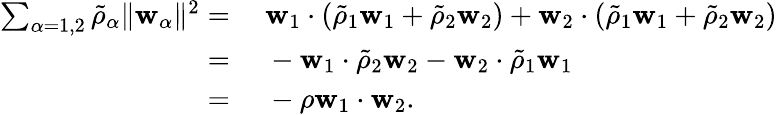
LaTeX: \begin{array}{rl}{\sum_{\alpha=1,2}\tilde{\rho}_{\alpha}\| \mathbf{w}_{\alpha}\| ^{2}=}&{{}~\mathbf{w}_{1}\cdot\left(\tilde{\rho}_{1}\mathbf{w}_{1}+\tilde{\rho}_{2}\mathbf{w}_{2}\right)+\mathbf{w}_{2}\cdot\left(\tilde{\rho}_{1}\mathbf{w}_{1}+\tilde{\rho}_{2}\mathbf{w}_{2}\right)}\\ {=}&{{}~-\mathbf{w}_{1}\cdot\tilde{\rho}_{2}\mathbf{w}_{2}-\mathbf{w}_{2}\cdot\tilde{\rho}_{1}\mathbf{w}_{1}}\\ {=}&{{}~-\rho\mathbf{w}_{1}\cdot\mathbf{w}_{2}.}\end{array}